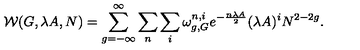
{ \cal W } ( G , \lambda A , N ) = \sum _ { g = - \infty } ^ { \infty } \sum _ { n } \sum _ { i } \omega _ { g , G } ^ { n , i } e ^ { - { \frac { n \lambda A } { 2 } } } ( \lambda A ) ^ { i } N ^ { 2 - 2 g } .